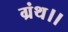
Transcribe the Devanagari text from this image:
ग्रंथ।।